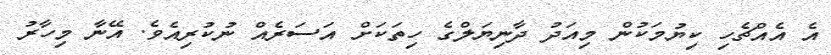
އެ އެއްޗެހި ކިޔުމަކުން މިއަދު ދާނިޔަލްގެ ހިތަކަށް އަސަރެއް ނުކުރިއެވެ. އޭނާ މިހާރު